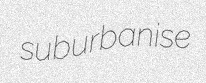
suburbanise